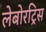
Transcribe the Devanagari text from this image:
लेबोरट्रिस